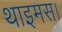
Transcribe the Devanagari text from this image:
थाइमस।